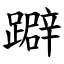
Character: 躃